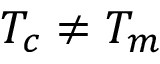
T _ { c } \ne T _ { m }